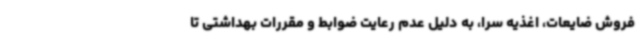
فروش ضایعات، اغذیه سرا، به دلیل عدم رعایت ضوابط و مقررات بهداشتی تا